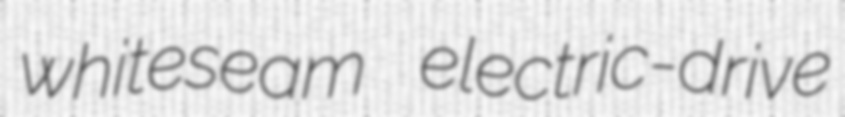
whiteseam electric-drive